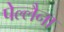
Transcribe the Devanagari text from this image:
पेल्लैना